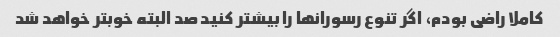
کاملا راضی بودم، اگر تنوع رسورانها را بیشتر کنید صد البته خوبتر خواهد شد